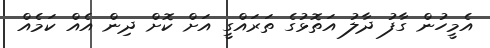
އެމީހުން ގާފު ދާލު އަތޮޅުގެ ތަރައްގީ އަށް ކޮށް ދިން އެއް ކަމެއް